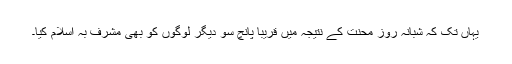
یہاں تک کہ شبانہ روز محنت کے نتیجہ میں قریباً پانچ سو دیگر لوگوں کو بھی مشرف بہ اسلام کیا۔